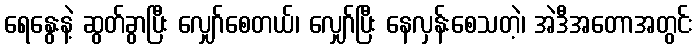
ရေနွေးနဲ့ ဆွတ်ခွာပြီး လျှော်စေတယ်၊ လျှော်ပြီး နေလှန်းစေသတဲ့၊ အဲဒီအတောအတွင်း